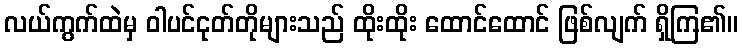
လယ်ကွက်ထဲမှ ဝါပင်ငုတ်တိုများသည် ထိုးထိုး ထောင်ထောင် ဖြစ်လျက် ရှိကြ၏။